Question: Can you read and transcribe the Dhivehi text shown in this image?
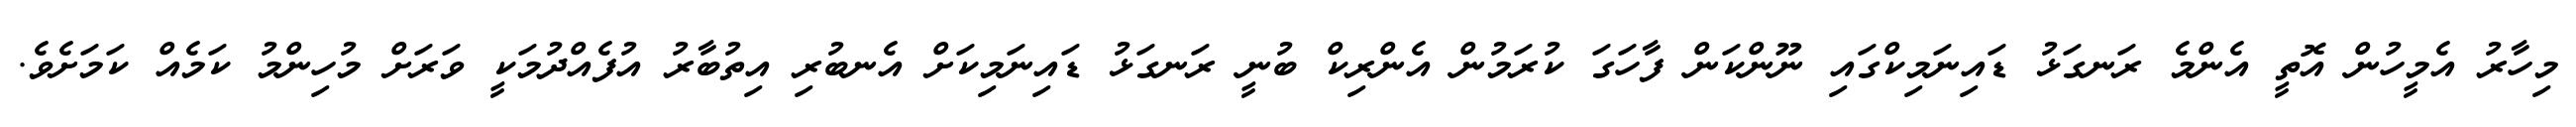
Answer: މިހާރު އެމީހުން އޮތީ އެންމެ ރަނގަޅު ޑައިނަމިކްގައި ނޫންކަން ފާހަގަ ކުރަމުން އެންރިކް ބުނީ ރަނގަޅު ޑައިނަމިކަށް އެނބުރި އިތުބާރު އުފެއްދުމަކީ ވަރަށް މުހިންމު ކަމެއް ކަމަށެވެ.